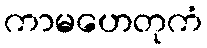
ကာမဟေတုကံ